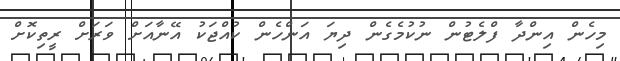
މިހެން އިންދާ ފްލެޓުން ނުކުމެގެން ދިޔަ އަންހެން ކުއްޖަކު އޭނާއަށް ވަރަށް ރީތިކޮށް